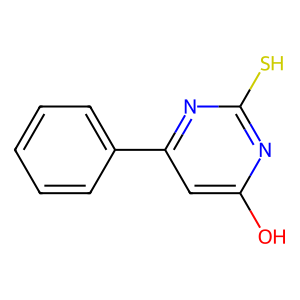
SMILES: Oc1cc(-c2ccccc2)nc(S)n1
Inhibits HIV replication: No